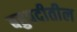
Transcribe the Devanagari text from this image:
बहुपदीतील